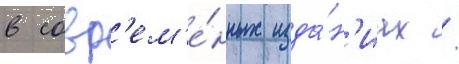
в совр'ем'е́нных изда́н'иах /